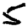
Digit: 5